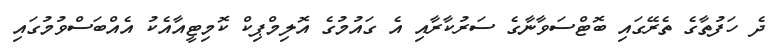
ދެ ހަފުތާގެ ތެރޭގައި ބޮޓްސަވާނާގެ ސަރުކާރާއި އެ ގައުމުގެ އޮލިމްޕިކް ކޮމިޓީއާއެކު އެއްބަސްވުމުގައި